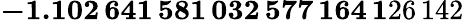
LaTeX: \mathbf{-1.102\, 641\, 581\, 032\, 577\, 164\, 1}26\, 142